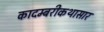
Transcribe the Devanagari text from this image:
कादम्बरीकथासार